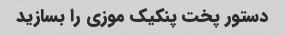
دستور پخت پنکیک موزی را بسازید